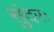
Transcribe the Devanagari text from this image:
सुंदरः